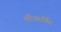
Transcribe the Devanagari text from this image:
श्रीअरविँद